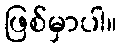
ဖြစ်မှာပါ။